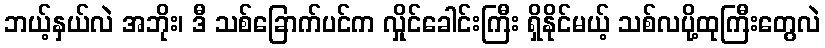
ဘယ့်နှယ်လဲ အဘိုး၊ ဒီ သစ်ခြောက်ပင်က လှိုင်ခေါင်းကြီး ရှိနိုင်မယ့် သစ်လပို့ထုကြီးတွေလဲ